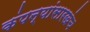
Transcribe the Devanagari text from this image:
कंपन्यांसारखंच